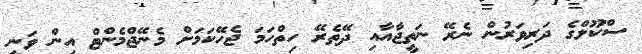
ސްކޫލްގެ ދަރިވަރުން ނެރޭ ނަތީޖާއާއި ދޭތެރޭ ހިތްހަމަ ޖެހޭކަމަށް މެނޭޖްމެންޓް އިން ވަނީ